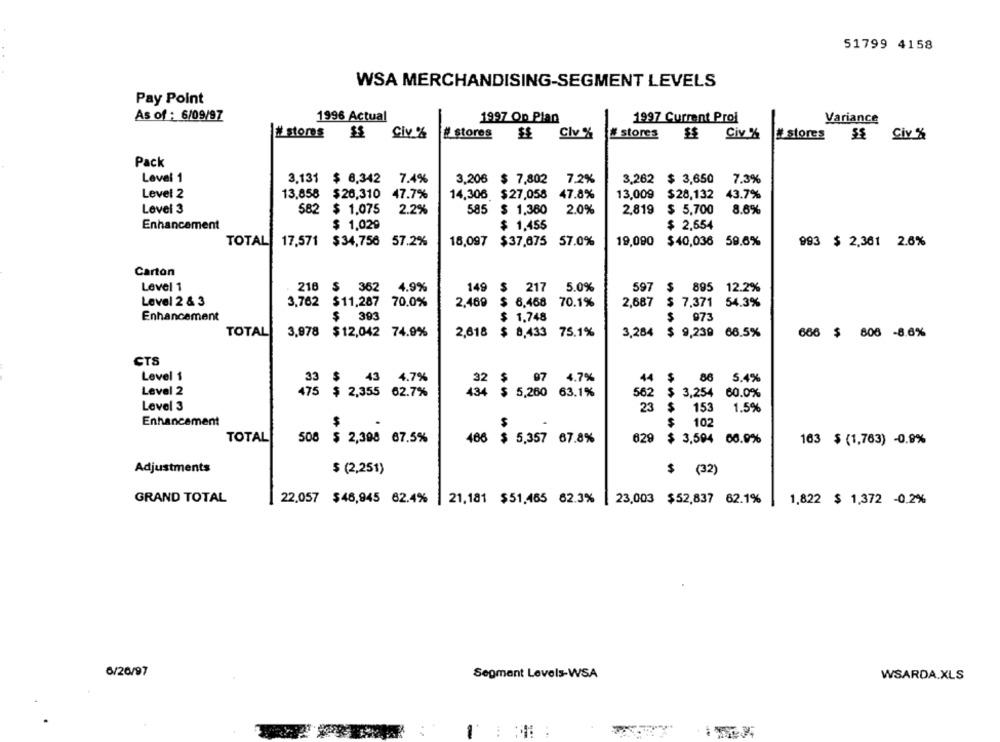
51799 4158
WSA MERCHANDISING-SEGMENT LEVELS
Pay Point
As of : 6/09/97
1996 Actual
1997 Op Plan
1997 Current Prof
Variance
# stores
CIV %
# stores
# stores
Clv %
Civ %
# stores
$$ Civ %
Pack
Level 1
3,131
7.4%
7.2%
3,262 $ 3,650
7.3%
$ 6,342
3,206 $ 7,802
Level 2
14,306 $27,058
13,009 $28,132
43.7%
13,858 $26,310 47.7%
47.8%
Level 3
582
$ 1,075
2.2%
585 $ 1,360
2.0%
2,819 $ 5,700
8.6%
Enhancement
$ 1,029
$ 1,455
$ 2.554
TOTAL
17.571
$34,756 57.2%
18,097 $37,675 57.0%
19,090 $40,036 59.6%
993 $ 2,361 2.6%
Carton
Level 1
216 $ 362
4.9%
149 $ 217
5.0%
597 $ 895 12.2%
Level 2 & 3
3,762 $11,287
70.0%
2,469
$ 6,468
70.1%
2,687
$ 7.371 54.3%
Enhancement
$ 393
$ 1.748
973
TOTAL
3,978 $12,042 74.9%
2,618
$ 8,433
75.1%
3,284
$ 9,239 68.5%
666 $ 806 -8.6%
CTS
Level 1
33
$
43
4.7%
97
4.7%
44
$
86
5.4%
32
$
Level 2
475
$ 2,355
62.7%
434 $
5,260
63.1%
562
$ 3,254
60.0%
Level 3
23
$
153
1.5%
Enhancement
$
S
$
102
629
TOTAL
508 $ 2,398 67.5%
486 $ 5,357 67.8%
$ 3,594 60.9%
163 $ (1,763) -0.9%
Adjustments
$ (2,251)
$ (32)
GRAND TOTAL
22.057 $46,945 62.4% | 21,181 $51,465 62.3% | 23,003 $52,837 62.1%
1,822 $ 1,372 -0.2%
6/26/97
Segment Levels-WSA
WSARDA.XLS